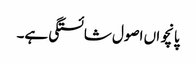
پانچواں اصول شائستگی ہے۔